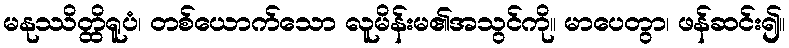
မနုဿိတ္ထိရူပံ၊ တစ်ယောက်သော လူမိန်းမ၏အသွင်ကို။ မာပေတွာ၊ ဖန်ဆင်း၍။